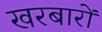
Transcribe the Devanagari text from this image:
खरबारों